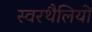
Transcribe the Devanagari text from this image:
स्वरथैलियों